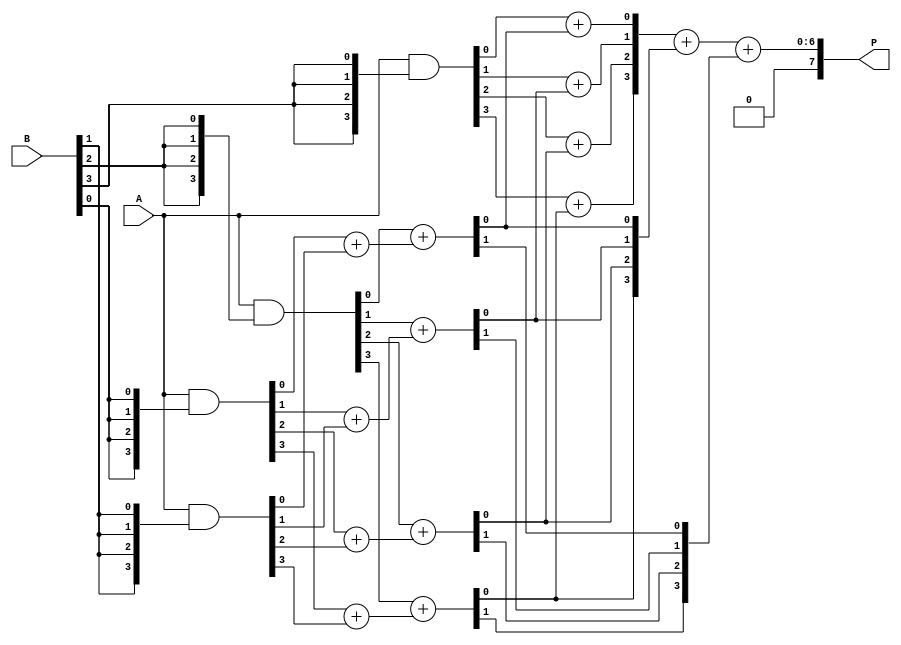
module DaddaMultiplier (
    input [3:0] A,   // First multiplicand
    input [3:0] B,   // Second multiplicand
    output [7:0] P   // Product output
);
    wire [3:0] pp[3:0]; // Partial products

    // Partial Product Generation
    assign pp[0] = A & {4{B[0]}};
    assign pp[1] = A & {4{B[1]}};
    assign pp[2] = A & {4{B[2]}};
    assign pp[3] = A & {4{B[3]}};

    // Stage 1: Reduction Tree
    wire [4:0] s1[2:0]; // Stage 1 sums
    wire [3:0] c1[2:0]; // Stage 1 carries

    // First Half Adder (pp[0] and pp[1])
    assign {c1[0][0], s1[0][0]} = pp[0][0] + pp[1][0]; // Bit 0
    assign {c1[0][1], s1[0][1]} = pp[0][1] + pp[1][1]; // Bit 1
    assign {c1[0][2], s1[0][2]} = pp[0][2] + pp[1][2]; // Bit 2
    assign {c1[0][3], s1[0][3]} = pp[0][3] + pp[1][3]; // Bit 3

    // Second Half Adder (pp[2] with s1[0])
    assign {c1[1][0], s1[1][0]} = pp[2][0] + s1[0][0];
    assign {c1[1][1], s1[1][1]} = pp[2][1] + s1[0][1];
    assign {c1[1][2], s1[1][2]} = pp[2][2] + s1[0][2];
    assign {c1[1][3], s1[1][3]} = pp[2][3] + s1[0][3];

    // Third Half Adder (pp[3] with s1[1])
    assign {c1[2][0], s1[2][0]} = pp[3][0] + s1[1][0];
    assign {c1[2][1], s1[2][1]} = pp[3][1] + s1[1][1];
    assign {c1[2][2], s1[2][2]} = pp[3][2] + s1[1][2];
    assign {c1[2][3], s1[2][3]} = pp[3][3] + s1[1][3];

    // Stage 2: Final Addition
    wire [7:0] final_sum;
    wire carry;

    // Final addition of the two last sums
    assign {carry, final_sum} = {1'b0, s1[2]} + {1'b0, s1[1]} + {5'b0, c1[1]};
    
    // Result Output
    assign P = final_sum;

endmodule